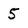
Character: 5